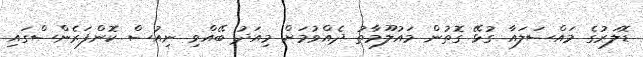
ޑޮލަރުގެ މައްސަލައާ ގުޅޭ ގޮތުން މައުލޫމާތު ދެއްވުމަށް މިއަދު ބޭއްވި ނިއުސް ކޮންފަރެންސްގައި